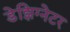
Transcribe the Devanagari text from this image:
डेझिग्नेटर